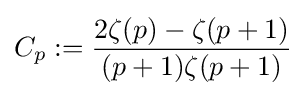
C_{p}:={\frac {2\zeta (p)-\zeta (p+1)}{(p+1)\zeta (p+1)}}